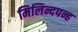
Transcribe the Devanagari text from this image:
मिलिन्दपन्ह